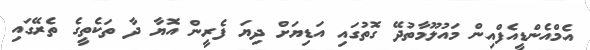
އެމްއެންޑީއެފްއިން މައުލޫމާތުދޭ ގޮތުގައި އަޑިޔަށް ދިޔަ ފެރީން އޮޔާ ދާ ތަކެތީގެ ތެރޭގައި